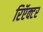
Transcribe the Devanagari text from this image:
रिऍक्टर